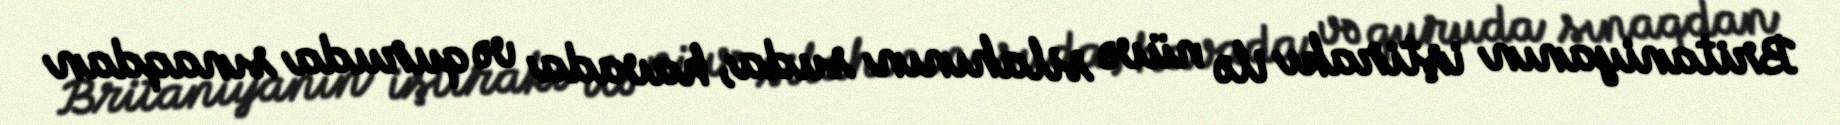
Britaniyanın iştirakı ilə nüvə silahının suda, havada və quruda sınaqdan